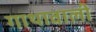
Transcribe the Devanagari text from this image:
गाथावाली